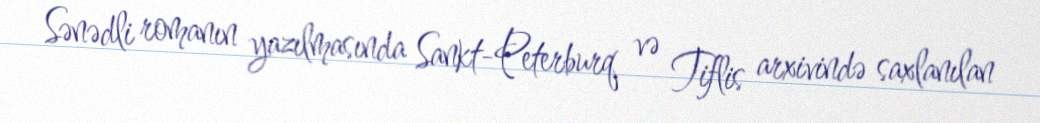
Sənədli romanın yazılmasında Sankt-Peterburq və Tiflis arxivində saxlanılan